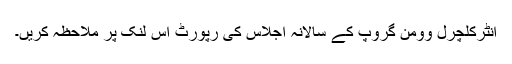
انٹرکلچرل وومن گروپ کے سالانہ اجلاس کی رپورٹ اس لنک پر ملاحظہ کریں۔